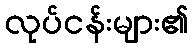
လုပ်ငန်းများ၏